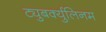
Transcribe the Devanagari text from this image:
ट्युबर्क्युलिनम